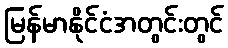
မြန်မာနိုင်ငံအတွင်းတွင်